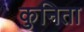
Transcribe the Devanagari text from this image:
कुनिता